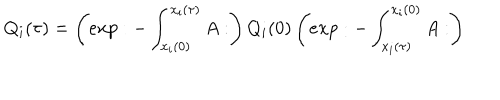
Q _ { i } ( \tau ) = \left( e x p : - \int _ { x _ { i } ( 0 ) } ^ { x _ { i } ( \tau ) } A : \right) Q _ { i } ( 0 ) \left( e x p : - \int _ { x _ { i } ( \tau ) } ^ { x _ { i } ( 0 ) } A : \right)